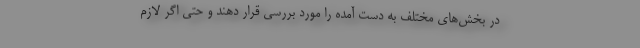
در بخش‌های مختلف به دست آمده را مورد بررسی قرار دهند و حتی اگر لازم